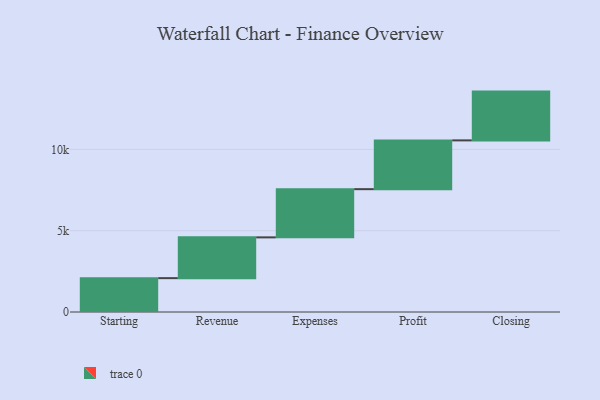
{"axis": {"x": "Step", "y": "Value"}, "legend": [""], "data": [{"x": "Starting", "y": 2082.0, "type": ""}, {"x": "Revenue", "y": 2508.0, "type": ""}, {"x": "Expenses", "y": 2965.0, "type": ""}, {"x": "Profit", "y": 3000, "type": ""}, {"x": "Closing", "y": 3000, "type": ""}]}